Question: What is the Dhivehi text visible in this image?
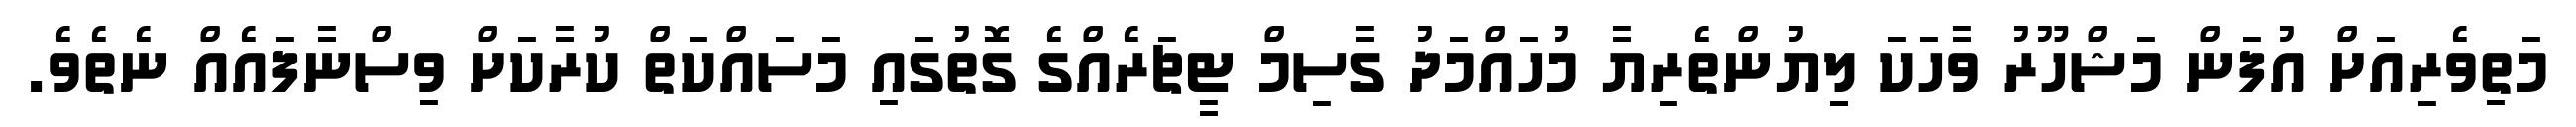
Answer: މަތިވެރިއަށް އުފަން މަޝްހޫރު ވާހަކަ ލިިޔުންތެރިޔާ މުހައްމަދު ގާސިމް ޓީޗަރެއްގެ ގޮތުގައި މަސައްކަތް ކުރާކަށް ވިސްނާފައެއް ނެތެވެ.